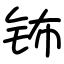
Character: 钸